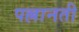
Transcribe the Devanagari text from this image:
पल्लानती